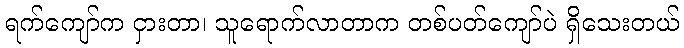
ရက်ကျော်က ငှားတာ၊ သူရောက်လာတာက တစ်ပတ်ကျော်ပဲ ရှိသေးတယ်